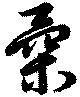
柔